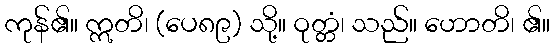
ကုန်၏။ ဣတိ၊ (ပေ၈၉) သို့။ ဝုတ္တံ၊ သည်။ ဟောတိ၊ ၏။